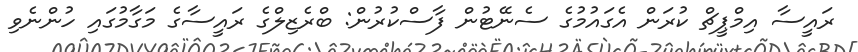
ރައީސާ އިމްޕީޗް ކުރަން އެގައުމުގެ ސެނޭޓުން ފާސްކުރުން: ބްރެޒިލްގެ ރައީސާގެ މަގާމުގައި ހުންނެވި